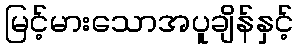
မြင့်မားသောအပူချိန်နှင့်